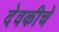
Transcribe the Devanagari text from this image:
देवकीचे